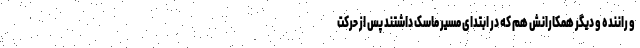
و راننده و دیگر همکارانش هم که در ابتدای مسیر ماسک داشتند پس از حرکت